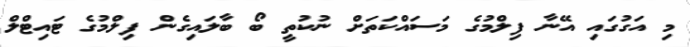
މި އަގުގައި އޭނާ ފިލްމުގެ މަސައްކަތަށް ނުކުތީ ބޯ ބާލައިގެން ފިލްމުގެ ޓައިޓްލް